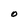
Character: O